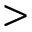
>